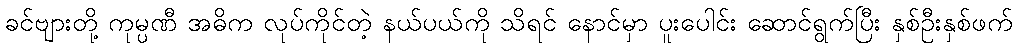
ခင်ဗျားတို့ ကုမ္ပဏီ အဓိက လုပ်ကိုင်တဲ့ နယ်ပယ်ကို သိရင် နောင်မှာ ပူးပေါင်း ဆောင်ရွက်ပြီး နှစ်ဦးနှစ်ဖက်